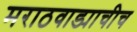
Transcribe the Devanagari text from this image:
मराठवाड्याचीच